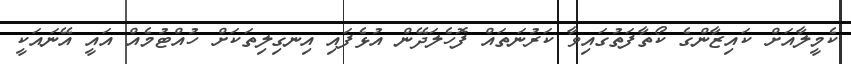
ކެމީލާއަށް ކައިޒާންގެ ކޯތާފަތުގައިވާ ކަރުނަތައް ފޮހެލަދޭން އުޅެފައި އިނގިލިތަކަށް ހުއްޓުމެއް އައީ އޭނައަކީ